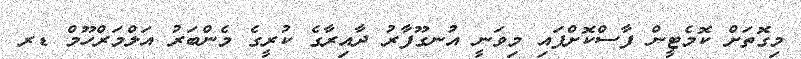
މިގޮތަށް ކޮމެޓީން ފާސްކޮށްފައި މިވަނީ އުނގޫފާރު ދާއިރާގެ ކުރީގެ މެންބަރު އަލްމަރްހޫމް ޑރ